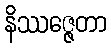
နိဿဇ္ဇေတာ